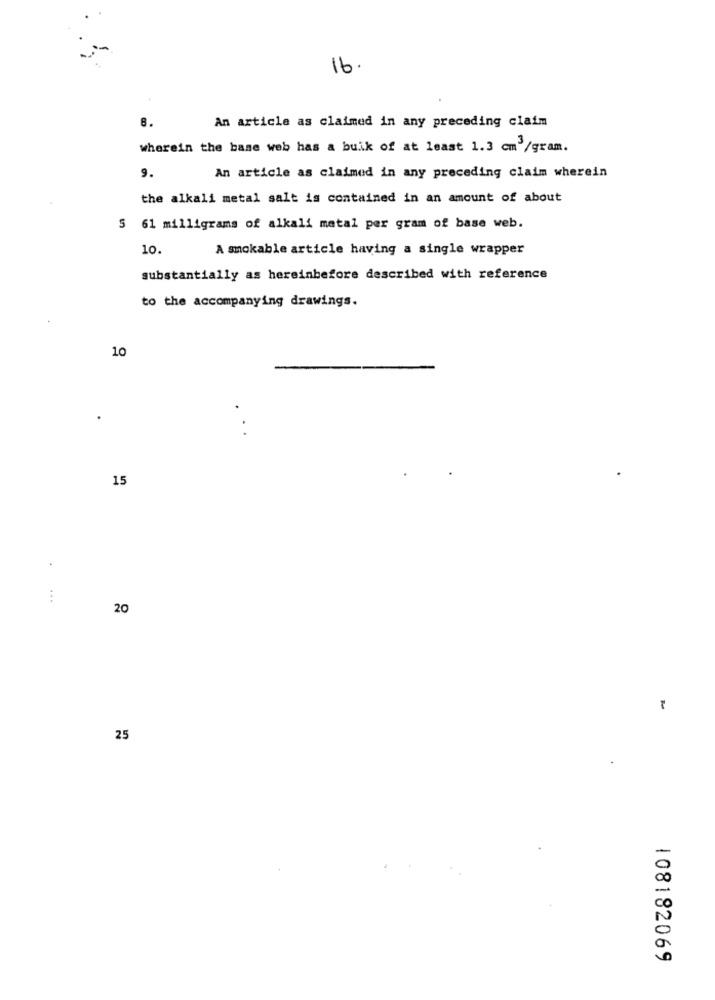
16.
8.
An article as claimed in any preceding claim
wherein the base web has a buik of at least 1.3 cm /gram.
9.
An article as claimed in any preceding claim wherein
the alkali metal salt is contained in an amount of about
5 61 milligrams of alkali metal per gram of base web.
10.
A smokable article having a single wrapper
substantially as hereinbefore described with reference
to the accompanying drawings.
10
.
15
.
20
25
108182069